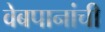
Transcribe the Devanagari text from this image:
वेबपानांची